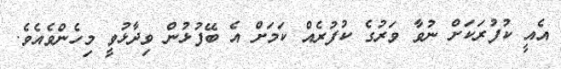
އެއީ ކުފުރަކަށް ނުވާ ވަރުގެ ކުފުރެއް ކަމަށް އެ ބޭފުޅުން ވިދާޅުވީ މިހެންވެއެވެ.